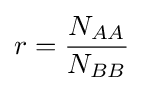
r={\frac {N_{AA}}{N_{BB}}}